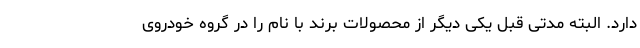
دارد. البته مدتی قبل یکی دیگر از محصولات برند با نام را در گروه خودروی